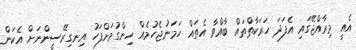
އެއީ މިރާއްޖޭގައި އެފަދަ ހަރަކާތްތައް ބާއްވާ އެތައް ހަމަނުޖެހުމެއް ހިންގުމަށްފަހު އިނގިރޭސީންނަށް އެކަން